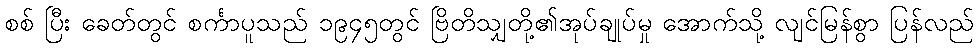
စစ် ပြီး ခေတ်တွင် စင်္ကာပူသည် ၁၉၄၅တွင် ဗြိတိသျှတို့၏အုပ်ချုပ်မှု အောက်သို့ လျင်မြန်စွာ ပြန်လည်